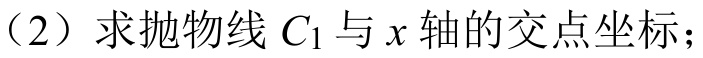
（2）求抛物线$C_{1}$与$x$轴的交点坐标；